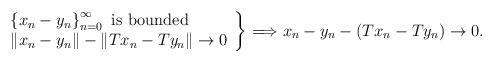
LaTeX: \begin{align*}\left.\begin{array}{l}\left\{ x_{n}-y_{n}\right\} _{n=0}^{\infty}\,\,\mathrm{is}\,\mathrm{\,bounded}\\\left\Vert x_{n}-y_{n}\right\Vert -\left\Vert Tx_{n}-Ty_{n}\right\Vert \rightarrow0\end{array}\right\} \Longrightarrow x_{n}-y_{n}-\left(Tx_{n}-Ty_{n}\right)\rightarrow0.\end{align*}